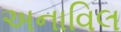
અનાવિલ